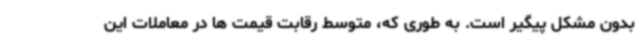
بدون مشکل پیگیر است. به طوری که، متوسط رقابت قیمت ها در معاملات این